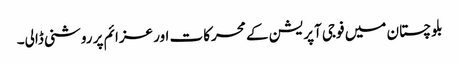
بلوچستان میں فوجی آپریشن کے محرکات اور عزائم پر روشنی ڈالی۔